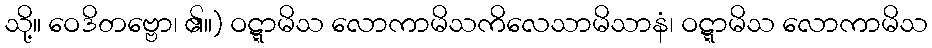
သို့။ ဝေဒိတဗ္ဗော၊ ၏။) ဝဋ္ဋာမိသ လောကာမိသကိလေသာမိသာနံ၊ ဝဋ္ဋာမိသ လောကာမိသ